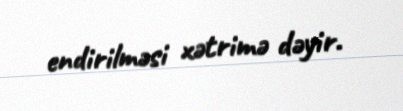
endirilməsi xətrimə dəyir.